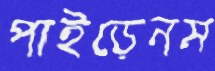
পাইড়েনম